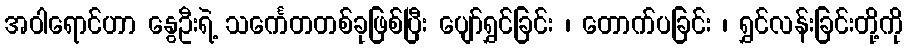
အဝါရောင်ဟာ နွေဦးရဲ့ သင်္ကေတတစ်ခုဖြစ်ပြီး ပျော်ရွှင်ခြင်း ၊ တောက်ပခြင်း ၊ ရွှင်လန်းခြင်းတို့ကို